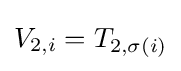
V_{2,i}=T_{2,\sigma (i)}